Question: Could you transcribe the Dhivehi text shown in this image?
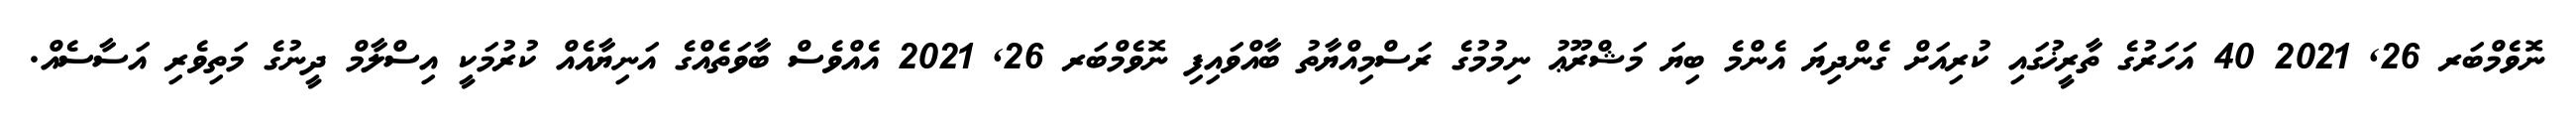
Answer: ނޮވެމްބަރ 26, 2021 40 އަހަރުގެ ތާރީޚުގައި ކުރިއަށް ގެންދިޔަ އެންމެ ބިޔަ މަޝްރޫޢު ނިމުމުގެ ރަސްމިއްޔާތު ބާއްވައިފި ނޮވެމްބަރ 26, 2021 އެއްވެސް ބާވަތެއްގެ އަނިޔާއެއް ކުރުމަކީ އިސްލާމް ދީނުގެ މަތިވެރި އަސާސެއް.